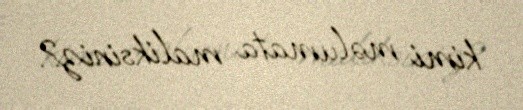
kimi məlumata maliksiniz?.